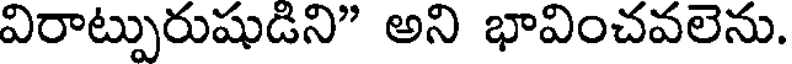
విరాట్పురుషుడిని" అని భావించవలెను.